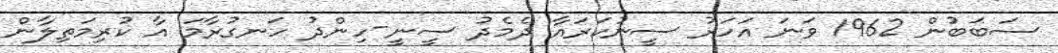
ސަބަބުން 1962 ވަނަ އަހަރު ސީނުކަރައާ ދެމެދު ސީނީ-ހިންދު ހަނގުރާމަ އާ ކުރިމަތިލާން